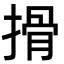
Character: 搰